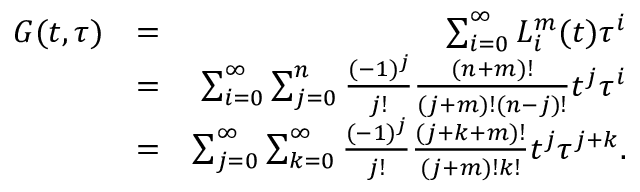
\begin{array} { r l r } { G ( t , \tau ) } & { = } & { \sum _ { i = 0 } ^ { \infty } L _ { i } ^ { m } ( t ) \tau ^ { i } } \\ & { = } & { \sum _ { i = 0 } ^ { \infty } \sum _ { j = 0 } ^ { n } \frac { ( - 1 ) ^ { j } } { j ! } \frac { ( n + m ) ! } { ( j + m ) ! ( n - j ) ! } t ^ { j } \tau ^ { i } } \\ & { = } & { \sum _ { j = 0 } ^ { \infty } \sum _ { k = 0 } ^ { \infty } \frac { ( - 1 ) ^ { j } } { j ! } \frac { ( j + k + m ) ! } { ( j + m ) ! k ! } t ^ { j } \tau ^ { j + k } . } \end{array}